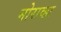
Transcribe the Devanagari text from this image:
मोराव्हा